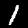
Digit: 1